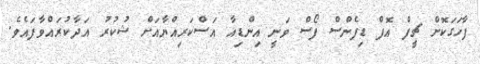
ފާހަގަކޮށް ޗީފް އޮފް ޑިފެންސް ފޯސް ވަނީ އިންޑިއާ އަސްކަރިއްޔާއަށް ޝުކުރު އަދާކުރައްވާފައެވެ.